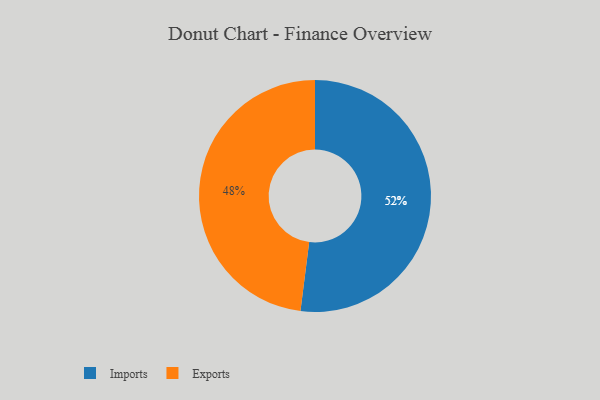
{"axis": {"x": "Category", "y": "Percentage"}, "legend": ["Exports", "Imports"], "data": [{"x": "Exports", "y": 48, "type": "Exports"}, {"x": "Imports", "y": 52, "type": "Imports"}]}